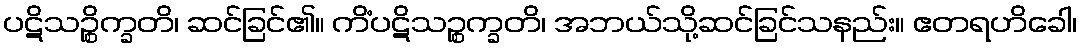
ပဋိသဉ္စိက္ခတိ၊ ဆင်ခြင်၏။ ကိံပဋိသဉ္စက္ခတိ၊ အဘယ်သို့ဆင်ခြင်သနည်း။ ဧတရဟိခေါ၊